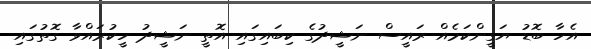
އެހާ ބޮޑު ޔަގީންކަމެއް ރައީސް ނަޝީދުގެ ކިބައިގައި އޮތީ ނަޝީދު ހީކުރައްވާ ގޮތުގައި